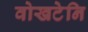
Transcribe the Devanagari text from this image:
वोखटेनि